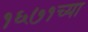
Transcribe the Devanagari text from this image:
१६७१च्या